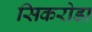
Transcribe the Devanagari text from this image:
सिकरोडा